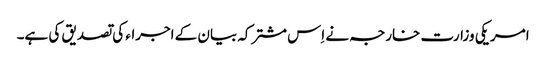
امریکی وزارت خارجہ نے اِس مشترکہ بیان کے اجراء کی تصدیق کی ہے۔